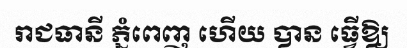
រាជធានី ភ្នំពេញ ហើយ បាន ធ្វើឱ្យ